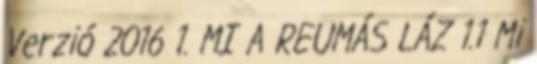
Verzió 2016 1. MI A REUMÁS LÁZ 1.1 Mi